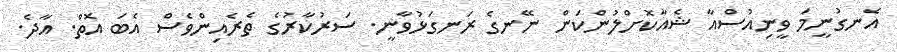
އެނގުނީމަ ވީނިއުސްއާ ޝެއާކޮށްލުންކަން ނޭނގެ ރަނގަޅުވާނީ. ސަރުކާރުގެ ތެރެއިންވެސް އެބަ އޮތް. އާދެ.